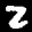
Label: 2